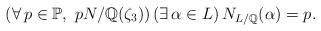
LaTeX: \begin{align*}(\forall\,p\in\mathbb{P},\ p N/\mathbb{Q}(\zeta_3))\,(\exists\,\alpha\in L)\,N_{L/\mathbb{Q}}(\alpha)=p.\end{align*}